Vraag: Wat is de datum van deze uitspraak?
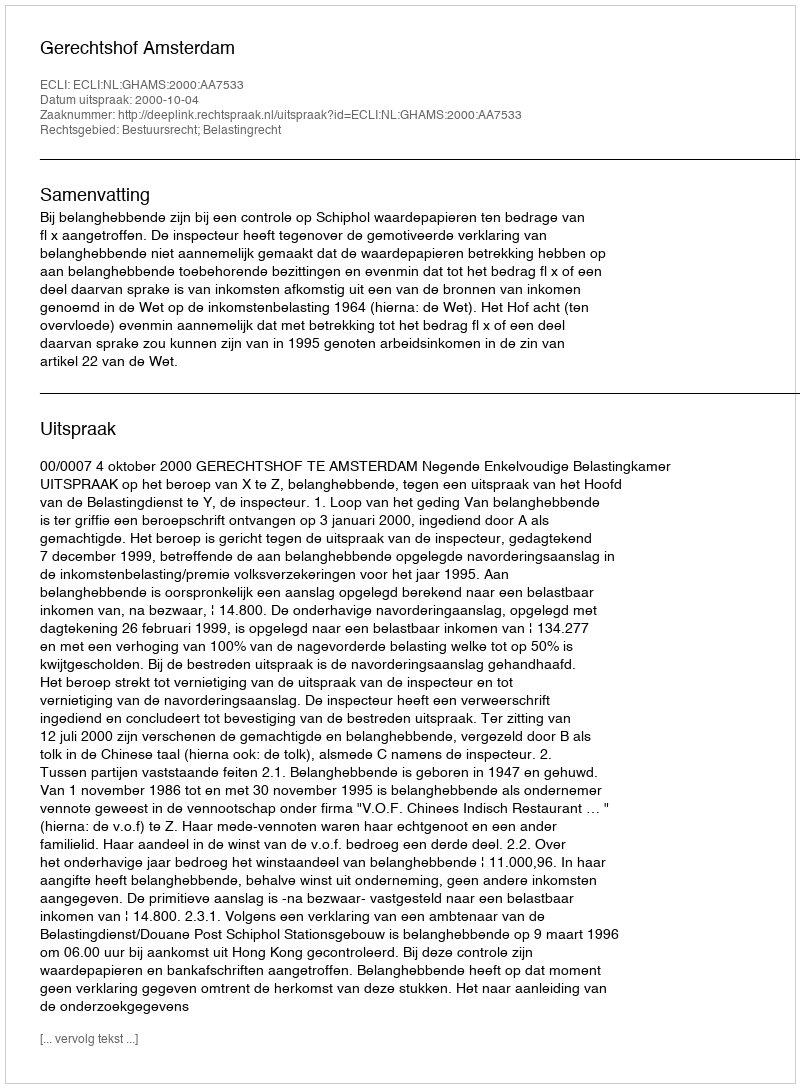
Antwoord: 2000-10-04